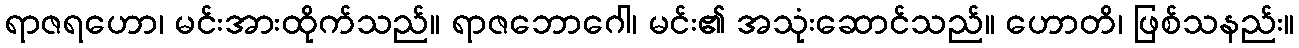
ရာဇရဟော၊ မင်းအားထိုက်သည်။ ရာဇဘောဂေါ၊ မင်း၏ အသုံးဆောင်သည်။ ဟောတိ၊ ဖြစ်သနည်း။